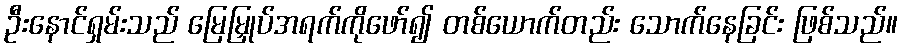
ဦးနောင်ရှမ်းသည် မြေမြှုပ်အရက်ကိုဖော်၍ တစ်ယောက်တည်း သောက်နေခြင်း ဖြစ်သည်။